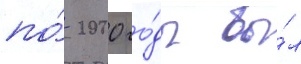
по́ 2000 го́ды бы́л